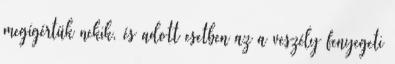
megígértük nekik, és adott esetben az a veszély fenyegeti